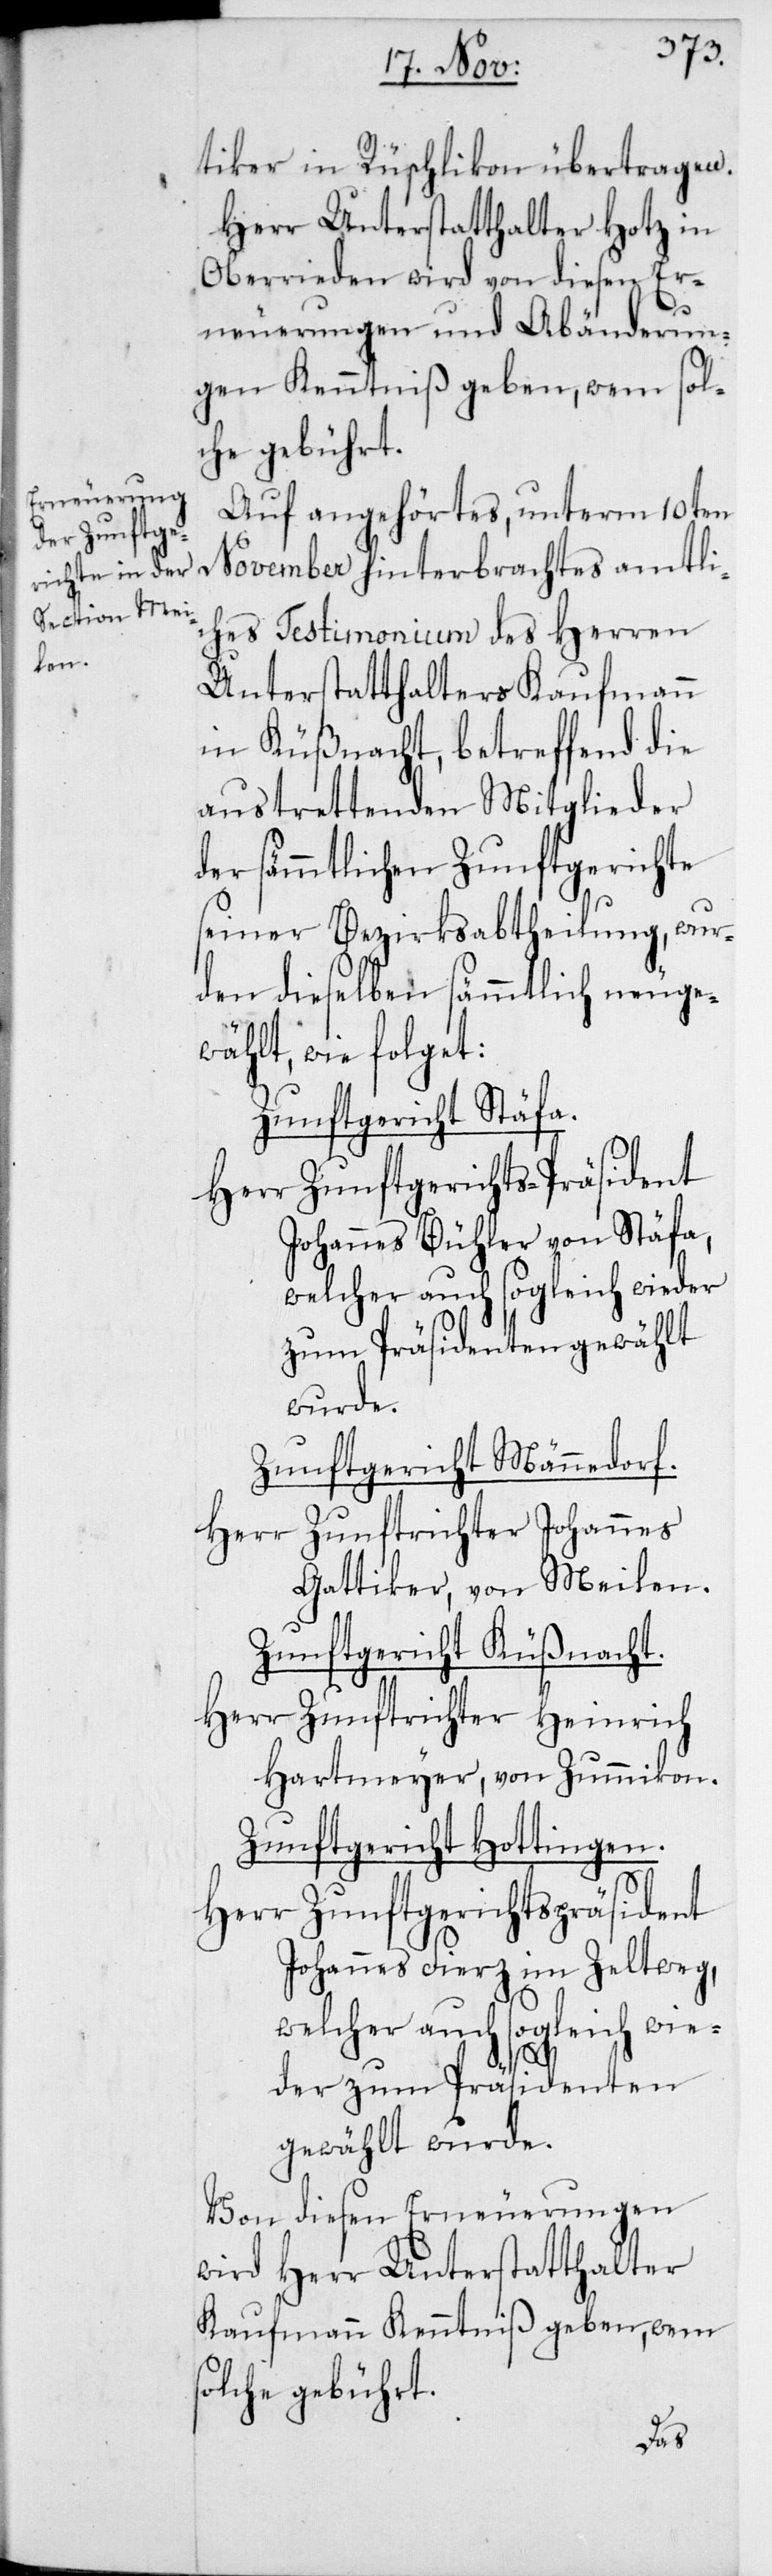
tiker in Rüschlikon übertragen.
Herr Unterstatthalter Hotz in
Oberrieden wird von diesen Er¬
neuerungen und Abänderun¬
gen Kenntniß geben, wem sol¬
che gebührt.
Auf angehörtes, unterm 10ten
November hinterbrachtes amtli¬
ches Testimonium des Herren
Unterstatthalters Kaufmann
in Küßnacht, betreffend die
austrettenden Mitglieder
der sämmtlichen Zunftgerichte
seiner Bezirksabtheilung, wur¬
den dieselben sämmtlich neuge¬
wählt, wie folget:
Zunftgericht Stäfa.
Herr Zunftgerichts-Präsident
Johannes Bühler von Stäfa,
welcher auch sogleich wieder
zum Präsidenten gewählt
wurde.
Zunftgericht Männedorf.
Herr Zunftrichter Johannes
Gattiker, von Meilen.
Zunftgericht Küßnacht.
Herr Zunftrichter Heinrich
Hartmeyer, von Zummikon.
Zunftgericht Hottingen.
Herr Zunftgerichtspräsident
Johannes Fierz im Zeltweg,
welcher auch sogleich wie¬
der zum Präsidenten
gewählt wurde.
Von diesen Erneuerungen
wird Herr Unterstatthalter
Kaufmann Kenntniß geben, wem
solche gebührt.